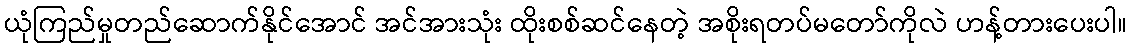
ယုံကြည်မှုတည်ဆောက်နိုင်အောင် အင်အားသုံး ထိုးစစ်ဆင်နေတဲ့ အစိုးရတပ်မတော်ကိုလဲ ဟန့်တားပေးပါ။